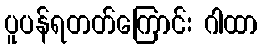
ပူပန်ရတတ်ကြောင်း ဂါထာ